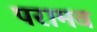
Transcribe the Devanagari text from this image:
परामव